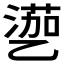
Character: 𱎎